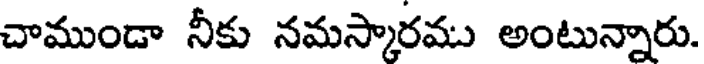
చాముండా నీకు నమస్కారము అంటున్నారు.